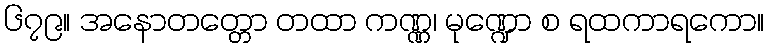
၆၇၉။ အနောတတ္တော တထာ ကဏ္ဏ၊ မုဏ္ဍော စ ရထကာရကော။